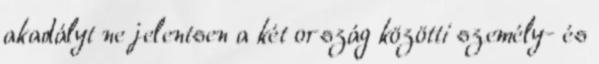
akadályt ne jelentsen a két ország közötti személy- és